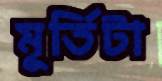
মূর্তিটা